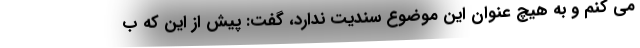
می کنم و به هیچ عنوان این موضوع سندیت ندارد، گفت: پیش از این که ب